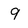
Character: 9